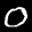
Label: 0